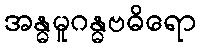
အန္ဓမူဂန္ဓဗဓိရော